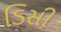
ડિસી